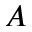
A